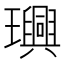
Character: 𤫂